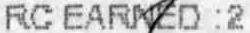
RC EARNED :2